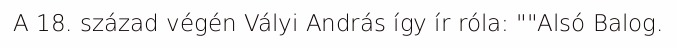
A 18. század végén Vályi András így ír róla: ""Alsó Balog.